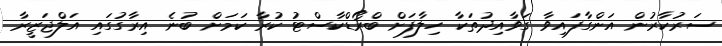
ސަރުކާރުން އަންގާފައިވާ ގަވާއިދުތަކާ ހިލާފަށް ބްރޯޑްކާސްޓު ކުރާ ކަމަށް ބުނެ އިރާގުގައި އަލްޖަޒީރާ